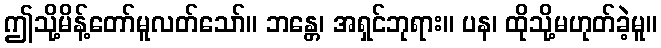
ဤသို့မိန့်တော်မူလတ်သော်။ ဘန္တေ၊ အရှင်ဘုရား။ ပန၊ ထိုသို့မဟုတ်ခဲ့မူ။